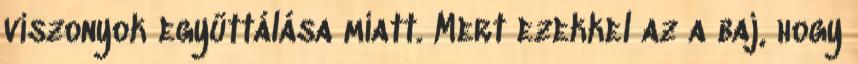
viszonyok együttálása miatt. Mert ezekkel az a baj, hogy